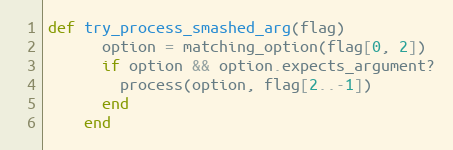
Language: Ruby
def try_process_smashed_arg(flag)
      option = matching_option(flag[0, 2])
      if option && option.expects_argument?
        process(option, flag[2..-1])
      end
    end